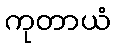
ကုတာယံ